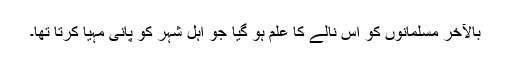
بالآخر مسلمانوں کو اس نالے کا علم ہو گیا جو اہل شہر کو پانی مہیا کرتا تھا۔